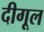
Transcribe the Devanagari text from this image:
दीगूल